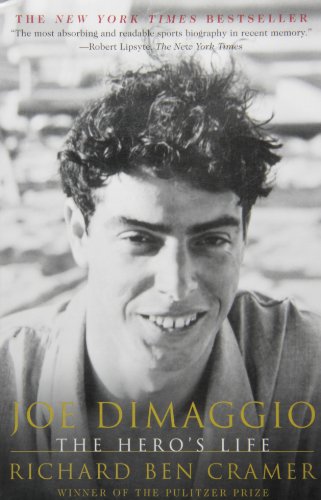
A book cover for Joe DiMaggio : The Hero's Life; Richard Ben Cramer; Biographies & Memoirs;